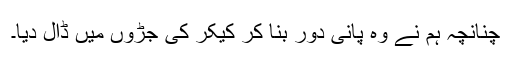
چنانچہ ہم نے وہ پانی دَور بنا کر کیکر کی جڑوں میں ڈال دیا۔